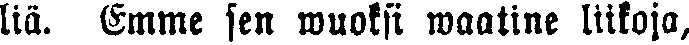
liä. Emme sen wuoksi waatine liikoja,